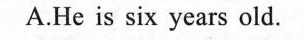
A.He is six years old.